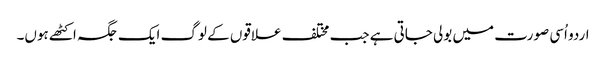
اردو اُسی صورت میں بولی جاتی ہے جب مختلف علاقوں کے لوگ ایک جگہ اکٹھے ہوں۔